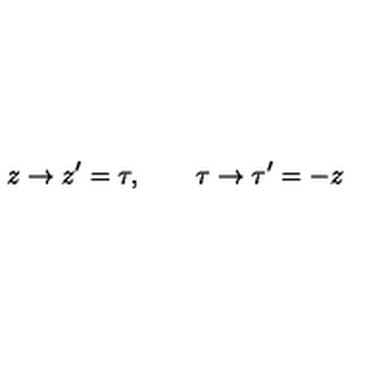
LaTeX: z \rightarrow z ^ { \prime } = \tau , \qquad \tau \rightarrow { \tau } ^ { \prime } = - z